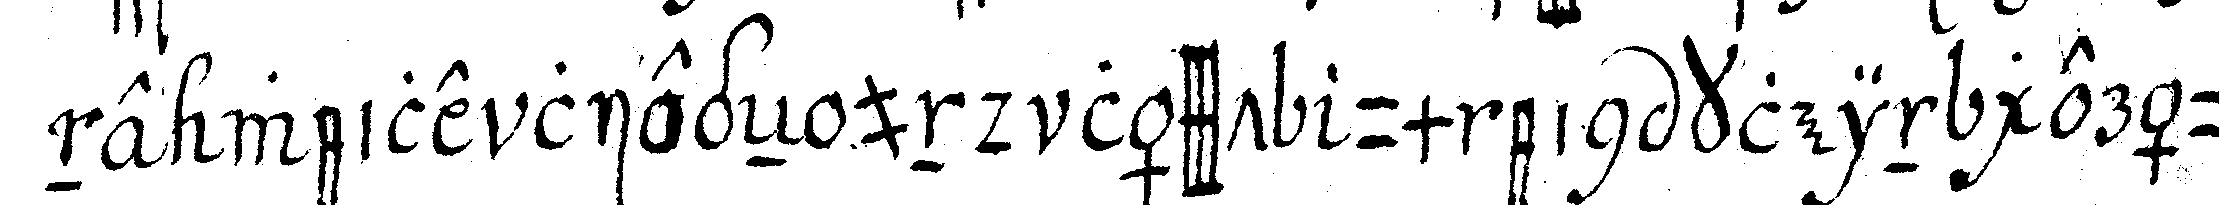
ne weile liegeN und lässt um ein klein geräu